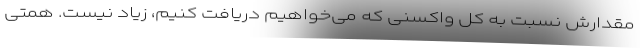
مقدارش نسبت به کل واکسنی که می‌خواهیم دریافت کنیم، زیاد نیست. همتی